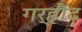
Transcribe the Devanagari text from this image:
गर्हौद